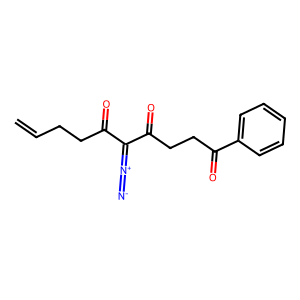
SMILES: C=CCCC(=O)C(=[N+]=[N-])C(=O)CCC(=O)c1ccccc1
Inhibits HIV replication: No